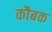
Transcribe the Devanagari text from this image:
कौबक